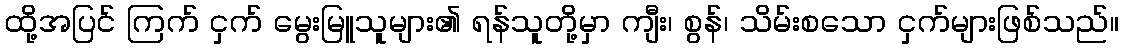
ထို့အပြင် ကြက် ငှက် မွေးမြူသူများ၏ ရန်သူတို့မှာ ကျီး၊ စွန်၊ သိမ်းစသော ငှက်များဖြစ်သည်။